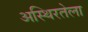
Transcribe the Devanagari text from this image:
अस्थिरतेला